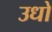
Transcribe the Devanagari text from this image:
उधो